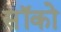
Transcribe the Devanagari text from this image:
सॉको